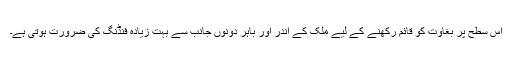
اس سطح پر بغاوت کو قائم رکھنے کے لیے ملک کے اندر اور باہر دونوں جانب سے بہت زیادہ فنڈنگ کی ضرورت ہوتی ہے۔